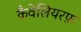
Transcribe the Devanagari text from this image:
कैवेलियरफ़